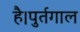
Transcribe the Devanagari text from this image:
है।पुर्तगाल